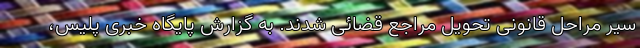
سیر مراحل قانونی تحویل مراجع قضائی شدند. به گزارش پایگاه خبری پلیس،